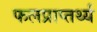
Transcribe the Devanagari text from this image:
फलप्राप्तर्थ्य